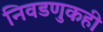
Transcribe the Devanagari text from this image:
निवडणुकही